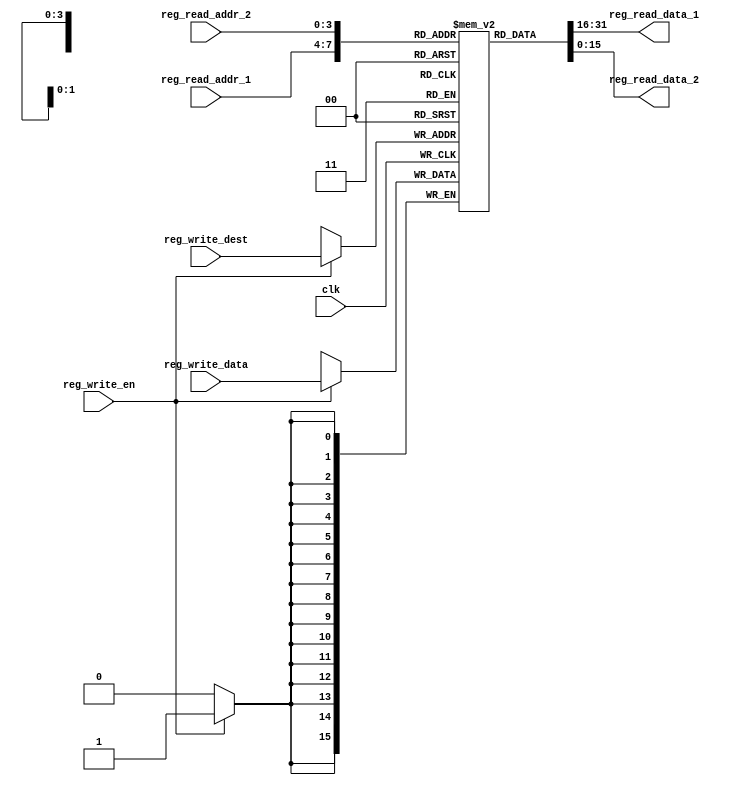
`timescale 1ns / 1ps
//////////////////////////////////////////////////////////////////////////////////
// Company: 
// Engineer: 
// 
// Design Name: 
// Module Name:    RegisterFile 
// Project Name: 
// Target Devices: 
// Tool versions: 
// Description: 
//
// Dependencies: 
//
// Revision: 
// Revision 0.01 - File Created
// Additional Comments: 
//
//////////////////////////////////////////////////////////////////////////////////
module RegisterFile( input    clk,
 input    reg_write_en,
 input  [3:0] reg_write_dest, 
 input  [15:0] reg_write_data,
 //read port 1
 input  [3:0] reg_read_addr_1, 
 output  [15:0] reg_read_data_1,
 //read port 2
 input  [3:0] reg_read_addr_2, 
 output  [15:0] reg_read_data_2
    );
reg [15:0] reg_array [15:0];
 integer i;

 initial begin
  for(i=0;i<15;i=i+1)
   reg_array[i] <= 16'd0;
 end
 always @ (posedge clk ) begin
   if(reg_write_en) begin
    reg_array[reg_write_dest] <= reg_write_data;
   end
 end
 

 assign reg_read_data_1 = reg_array[reg_read_addr_1];
 assign reg_read_data_2 = reg_array[reg_read_addr_2];


endmodule